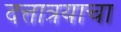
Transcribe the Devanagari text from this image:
दत्तात्रयाचा